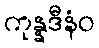
ကုန္နဒီနံဝ